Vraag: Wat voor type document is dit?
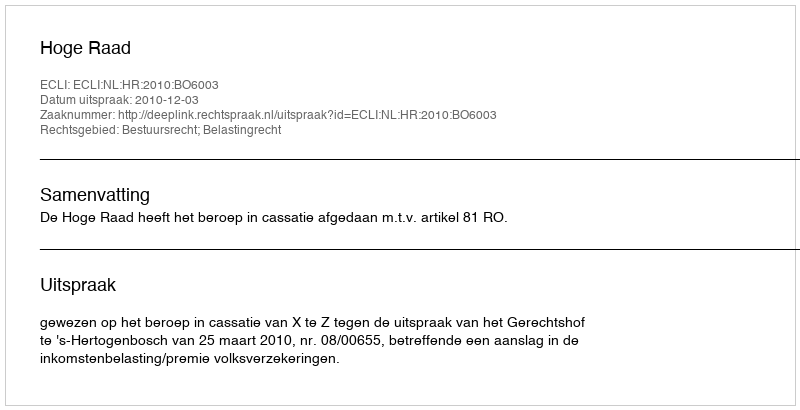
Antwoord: Uitspraak